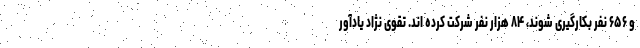
و ۶۵۶ نفر بکارگیری شوند، ۸۴ هزار نفر شرکت کرده اند. تقوی نژاد یادآور